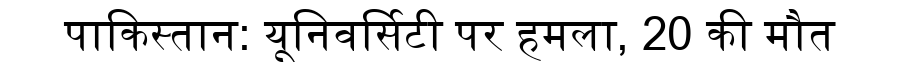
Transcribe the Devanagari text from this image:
पाकिस्तान: यूनिवर्सिटी पर हमला, 20 की मौत